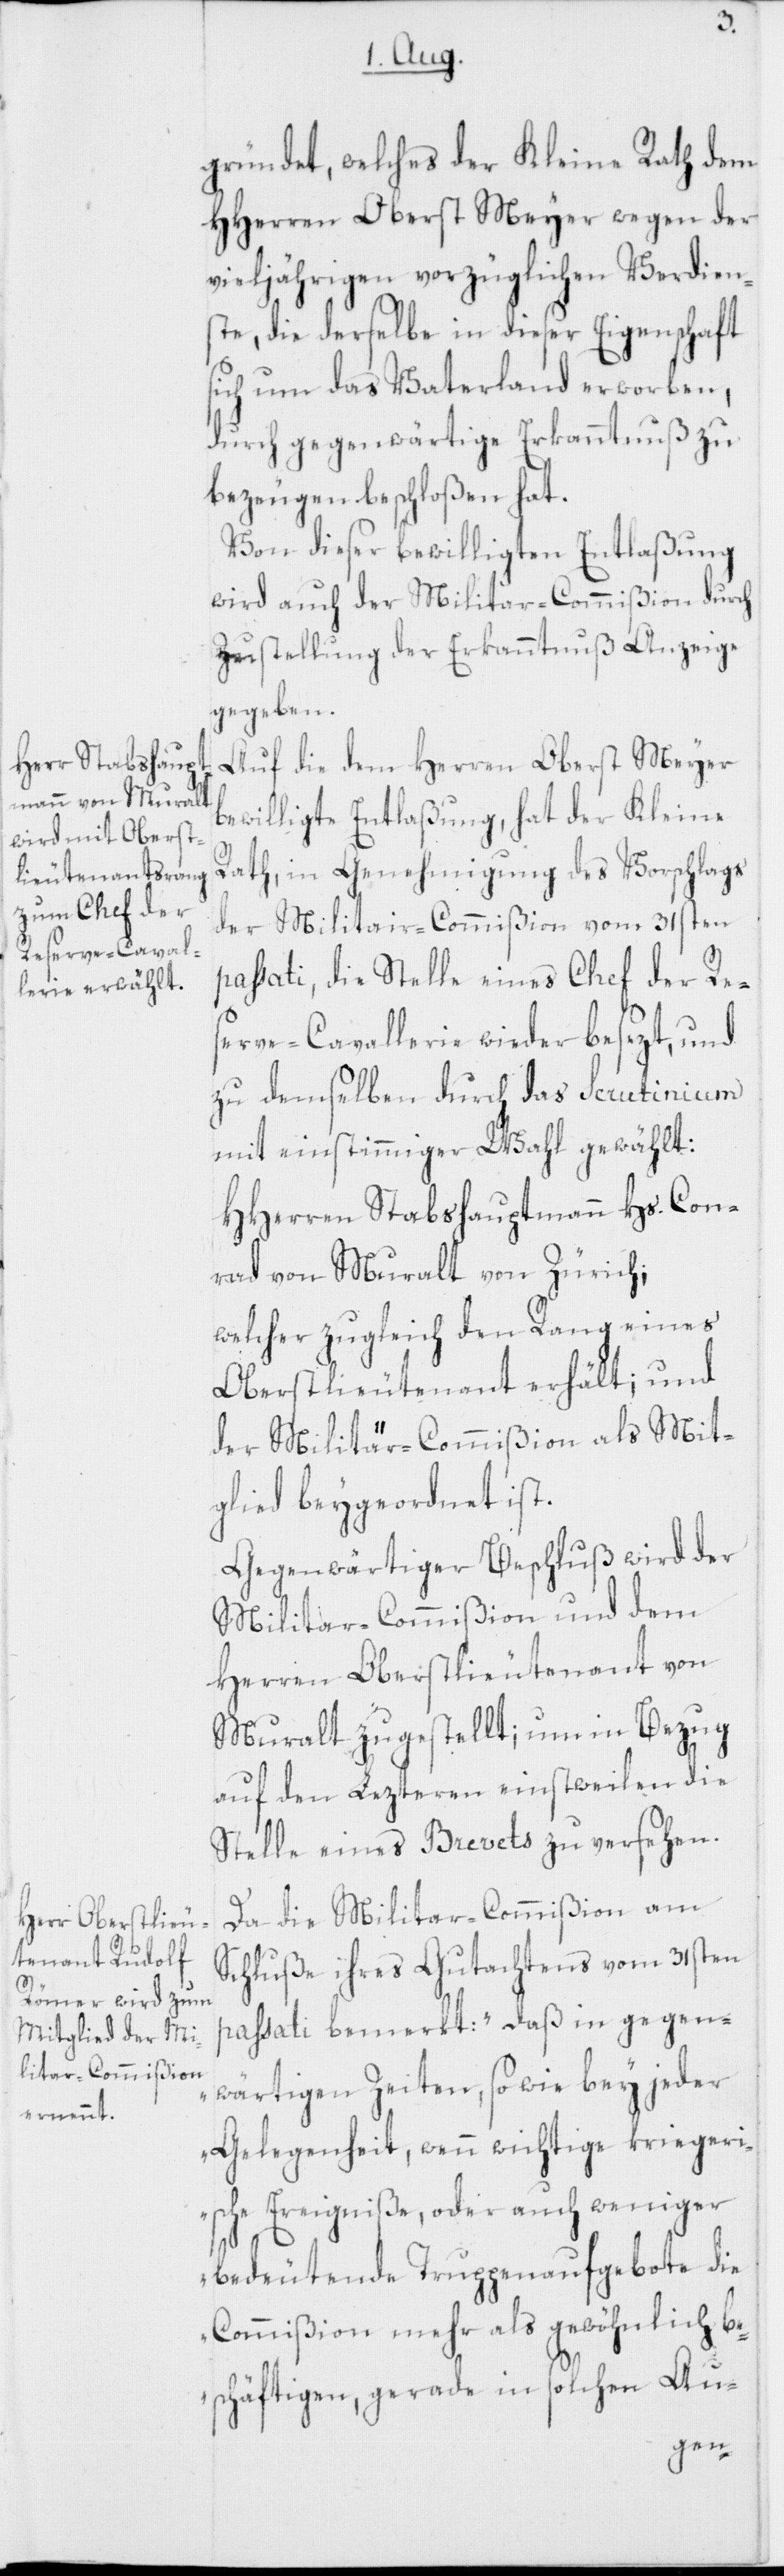
gründet, welches der Kleine Rath dem
HHerren Oberst Meyer wegen der
vieljährigen vorzüglichen Verdien¬
ste, die derselbe in dieser Eigenschaft
sich um das Vaterland erworben,
durch gegenwärtige Erkanntnuß zu
bezeugen beschloßen hat.
Von dieser bewilligten Entlaßung
wird auch der Militar-Commißion durch
Zustellung der Erkanntnuß Anzeige
gegeben.
Auf die dem Herren Oberst Meyer
bewilligte Entlaßung, hat der Kleine
Rath, in Genehmigung des Vorschlags
der Militair-Commißion vom 31sten
passati, die Stelle eines Chefs der Re¬
serve-Cavallerie wieder besezt, und
zu demselben durch das Scrutinium
mit einstimmiger Wahl gewählt:
HHerren Stabshauptmann Hs. Con¬
rad von Muralt von Zürich;
welcher zugleich den Rang eines
Oberstlieutenant erhält; und
der Militär-Commißion als Mit¬
glied beygeordnet ist.
Gegenwärtiger Beschluß wird der
Militar-Commißion und dem
Herren Oberstlieutenant von
Muralt zugestellt; um in Bezug
auf den Lezteren einstweilen die
Stelle eines Brevets zu versehen.
Da die Militar-Commißion am
Schluße ihres Gutachtens vom 31sten
passati bemerkt: „Daß in gegen¬
wärtigen Zeiten, so wie bey jeder
Gelegenheit, wenn wichtige kriegeri¬
sche Ereigniße, oder auch weniger
bedeutende Truppenaufgebote die
Commißion mehr als gewöhnlich be¬
schäftigen, gerade in solchen Au-